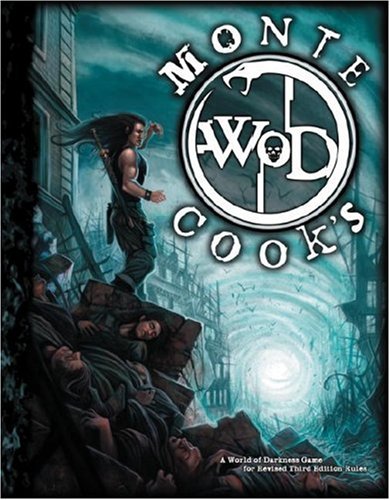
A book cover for Monte Cooks World of Darkness (World of Darkness (White Wolf Hardcover)); Monte Cook; Science Fiction & Fantasy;